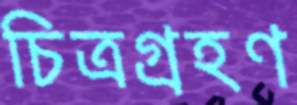
চিত্রগ্রহণ